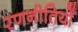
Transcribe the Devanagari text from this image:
रणनीतियोँ